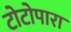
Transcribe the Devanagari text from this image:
टोटोपारा